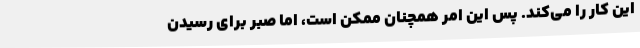
این کار را می‌کند. پس این امر همچنان ممکن است، اما صبر برای رسیدن